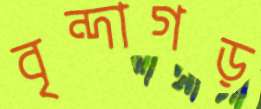
বৃন্দাগড়